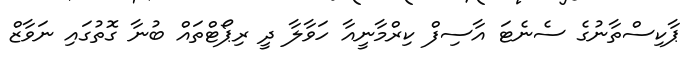
ޕާކިސްތާނުގެ ސެނެޓަ އާސިފް ކިރްމާނީއާ ހަވާލާ ދީ ރިޕޯޓްތައް ބުނާ ގޮތުގައި ނަވާޒް